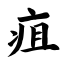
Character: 疽